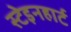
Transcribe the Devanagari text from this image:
स्टेइनहार्ट